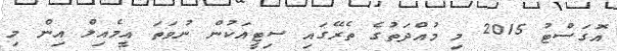
އޮގަސްޓު 2015 މި މުއްދަތުގެ ތެރޭގައި ސިޓީއަކުން ނުވަތަ އީމެއިލް އިން މި